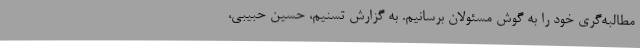
مطالبه‌گری خود را به گوش مسئولان برسانیم. به گزارش تسنیم، حسین حبیبی،